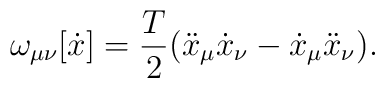
\omega _{\mu \nu }[\dot{x}]= \frac{T}{2}(\ddot x_\mu\dot x_\nu -\dot x_\mu \ddot x_\nu).